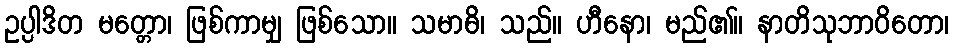
ဥပ္ပါဒိတ မတ္တော၊ ဖြစ်ကာမျှ ဖြစ်သော။ သမာဓိ၊ သည်။ ဟီနော၊ မည်၏။ နာတိသုဘာဝိတော၊